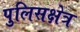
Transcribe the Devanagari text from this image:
पुलिसक्षेत्र